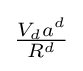
{\tfrac {V_{d}a^{d}}{R^{d}}}